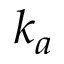
k _ { a }